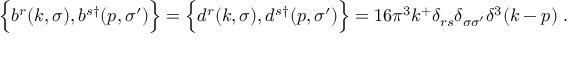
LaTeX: \Bigl \{ b ^ { r } ( k , \sigma ) , b ^ { s \dagger } ( p , \sigma ^ { \prime } ) \Bigr \} = \Bigl \{ d ^ { r } ( k , \sigma ) , d ^ { s \dagger } ( p , \sigma ^ { \prime } ) \Bigr \} = 1 6 \pi ^ { 3 } k ^ { + } \delta _ { r s } \delta _ { \sigma \sigma ^ { \prime } } \delta ^ { 3 } ( k - p ) \; .